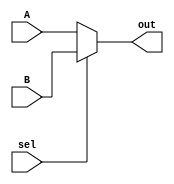
`timescale 1ns / 1ps
//////////////////////////////////////////////////////////////////////////////////
// Company: 
// Engineer: 
// 
// Design Name: 
// Module Name:    mux_4 
// Project Name: 
// Target Devices: 
// Tool versions: 
// Description: 
//
// Dependencies: 
//
// Revision: 
// Revision 0.01 - File Created
// Additional Comments: 
//
//////////////////////////////////////////////////////////////////////////////////
module mux_4(A, B, sel, out); // a 2 to 1 4-bit multiplexer
	input [3:0] A, B;
	input sel;
	output reg [3:0] out;
	
	always @ (A or B or sel)
	begin
	out = (sel) ?B : A;
	end
endmodule